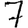
Digit: 7